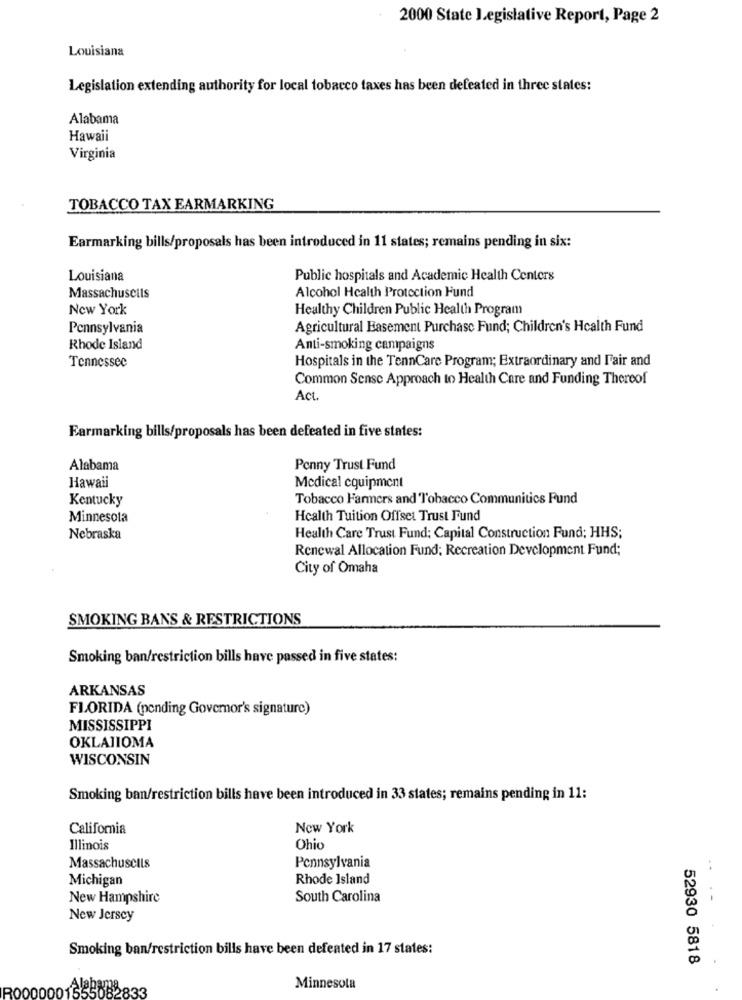
2000 State legislative Report, Page 2
Louisiana
Legislation extending authority for local tobacco taxes has been defeated in three states:
Alabama
Hawaii
Virginia
TOBACCO TAX EARMARKING
Earmarking bills/proposals has been introduced in 11 states; remains pending in six:
Louisiana
Public hospitals and Academic Health Centers
Alcohol Health Protection Fund
Massachusetts
New York
Healthy Children Public Health Program
Pennsylvania
Agricultural Easement Purchase Fund; Children's Health Fund
Rhode Island
Anti-smoking campaigns
Hospitals in the TennCare Program; Extraordinary and Fair and
Tennessee
Common Sense Approach to Health Care and Funding Thereof
Act.
Earmarking bills/proposals has been defeated in five states:
Alabama
Penny Trust Fund
Hawaii
Medical equipment
Kentucky
Tobacco Farmers and Tobacco Communities Fund
Minnesota
Health Tuition Offset Trust Fund
Nebraska
Health Care Trust Fund; Capital Construction Fund; HHS;
Renewal Allocation Fund; Recreation Development Fund;
City of Omaha
SMOKING BANS & RESTRICTIONS
Smoking ban/restriction bills have passed in five states:
ARKANSAS
FLORIDA (pending Govemor's signature)
MISSISSIPPI
OKLAHOMA
WISCONSIN
Smoking ban/restriction bills have been introduced in 33 states; remains pending in 11:
California
New York
Illinois
Ohio
Pennsylvania
Massachuscils
..
Michigan
Rhode Island
New Hampshire
South Carolina
. -
New Jersey
Smoking ban/restriction bills have been defeated in 17 states:
52930 5818
833
Minnesota